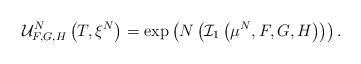
LaTeX: \begin{align*}\mathcal{U}^N_{F,G,H}\left(T, \xi^N\right)=\exp\left(N\left(\mathcal{I}_1\left(\mu^N, F, G, H\right)\right)\right).\end{align*}